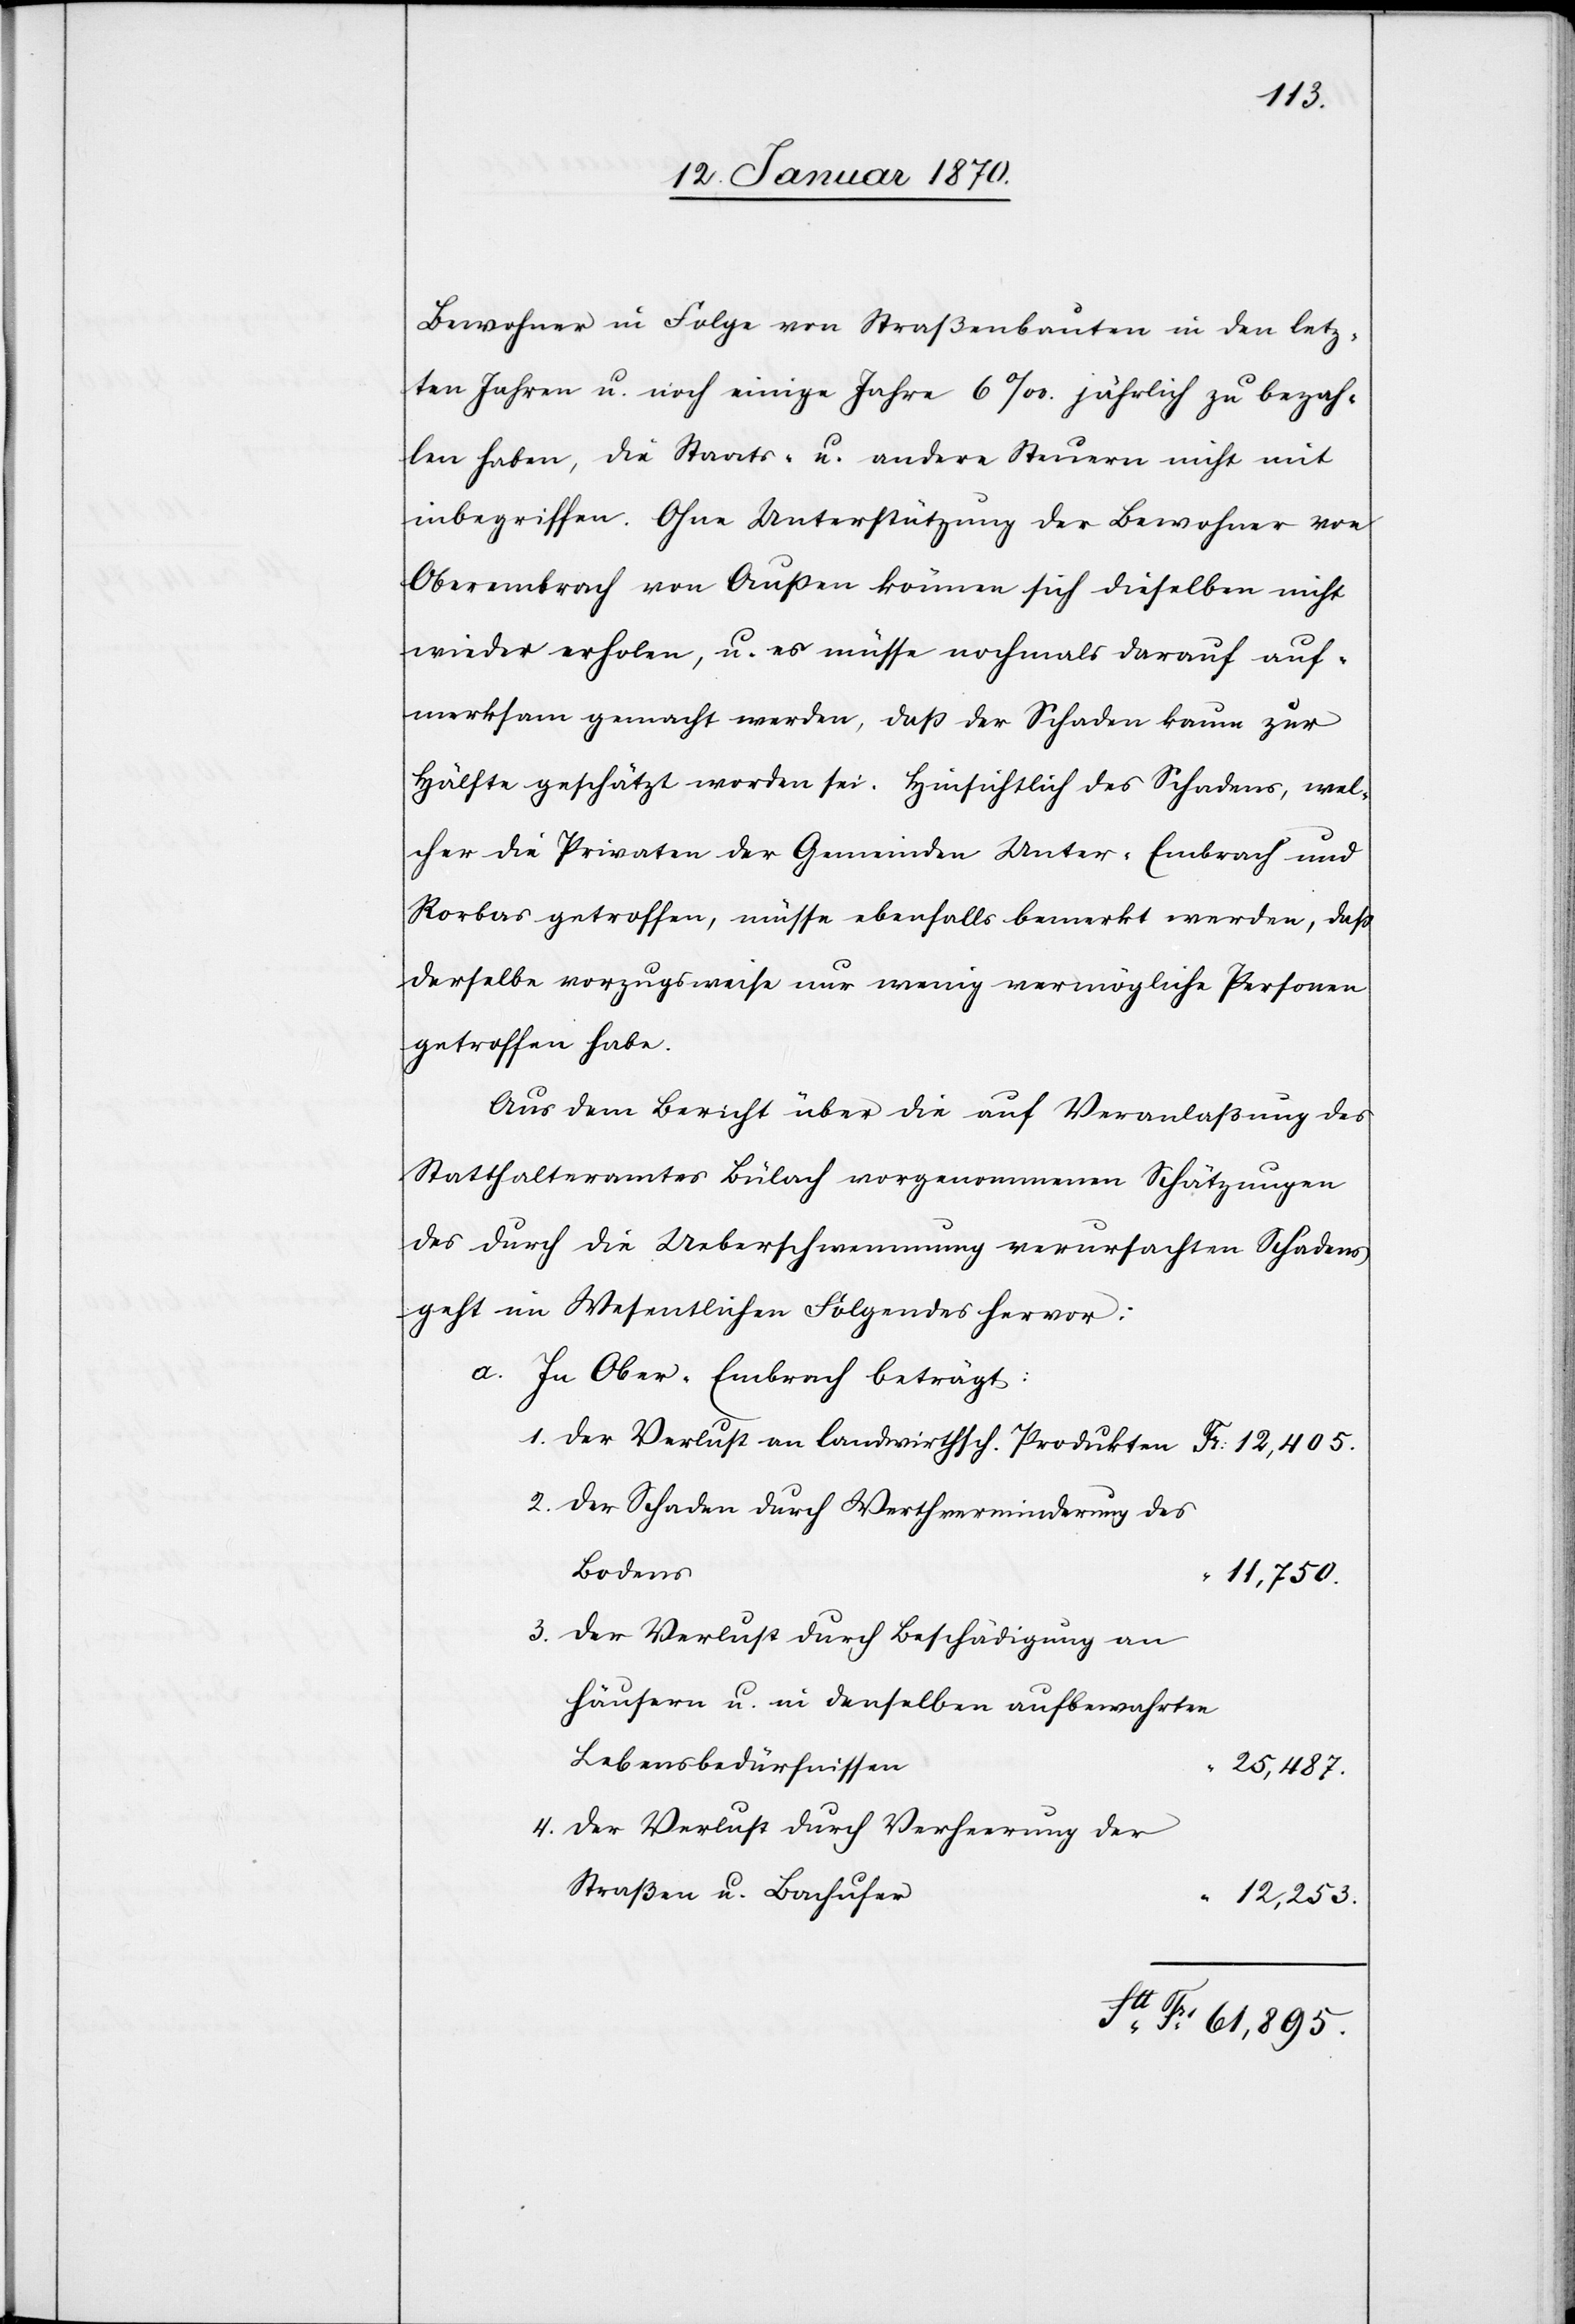
Bewohner in Folge von Straßenbauten in den letz¬
ten Jahren u. noch einige Jahre 6‰ jährlich zu bezah¬
len haben, die Staats- u andere Steuern nicht mit
inbegriffen. Ohne Unterstützung der Bewohner von
Oberembrach von Außen können sich dieselben nicht
wieder erholen, u. es müsse nochmals darauf auf¬
merksam gemacht werden, daß der Schaden kaum zur
Hälfte geschätzt worden sei. Hinsichtlich des Schadens, wel¬
cher die Privaten der Gemeinden Unter-Embrach und
Rorbas getroffen, müsse ebenfalls bemerkt werden, daß
derselbe vorzugsweise nur wenig vermögliche Personen
getroffen habe.
Aus dem Bericht über die auf Veranlaßung des
Statthalteramtes Bülach vorgenommenen Schätzungen
des durch die Ueberschwemmung verursachten Schadens
geht im Wesentlichen Folgendes hervor:
a. In Ober-Embrach beträgt:
1. der Verlust an landwirthsch. Produkten				Fr: 12,405.
2. der Schaden durch Werthverminderung des
11,750.
3. der Verlust durch Beschädigung an
4. der Verlust durch Verheerung der
Straßen u. Bachufe¬
r		“	12,253.
Sa	Fr. 61,895.